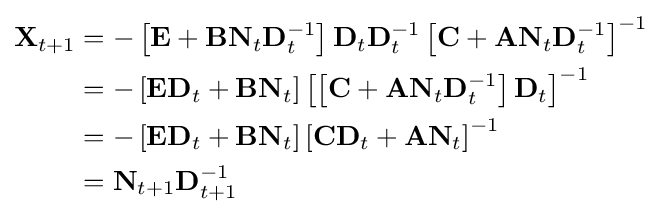
{\begin{aligned}\mathbf {X} _{t+1}&=-\left[\mathbf {E} +\mathbf {BN} _{t}\mathbf {D} _{t}^{-1}\right]\mathbf {D} _{t}\mathbf {D} _{t}^{-1}\left[\mathbf {C} +\mathbf {AN} _{t}\mathbf {D} _{t}^{-1}\right]^{-1}\\&=-\left[\mathbf {ED} _{t}+\mathbf {BN} _{t}\right]\left[\left[\mathbf {C} +\mathbf {AN} _{t}\mathbf {D} _{t}^{-1}\right]\mathbf {D} _{t}\right]^{-1}\\&=-\left[\mathbf {ED} _{t}+\mathbf {BN} _{t}\right]\left[\mathbf {CD} _{t}+\mathbf {AN} _{t}\right]^{-1}\\&=\mathbf {N} _{t+1}\mathbf {D} _{t+1}^{-1}\end{aligned}}